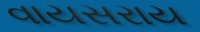
વાયસરાય